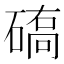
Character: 𱴦